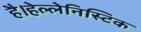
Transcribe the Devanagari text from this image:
है।हेल्लेनिस्टिक